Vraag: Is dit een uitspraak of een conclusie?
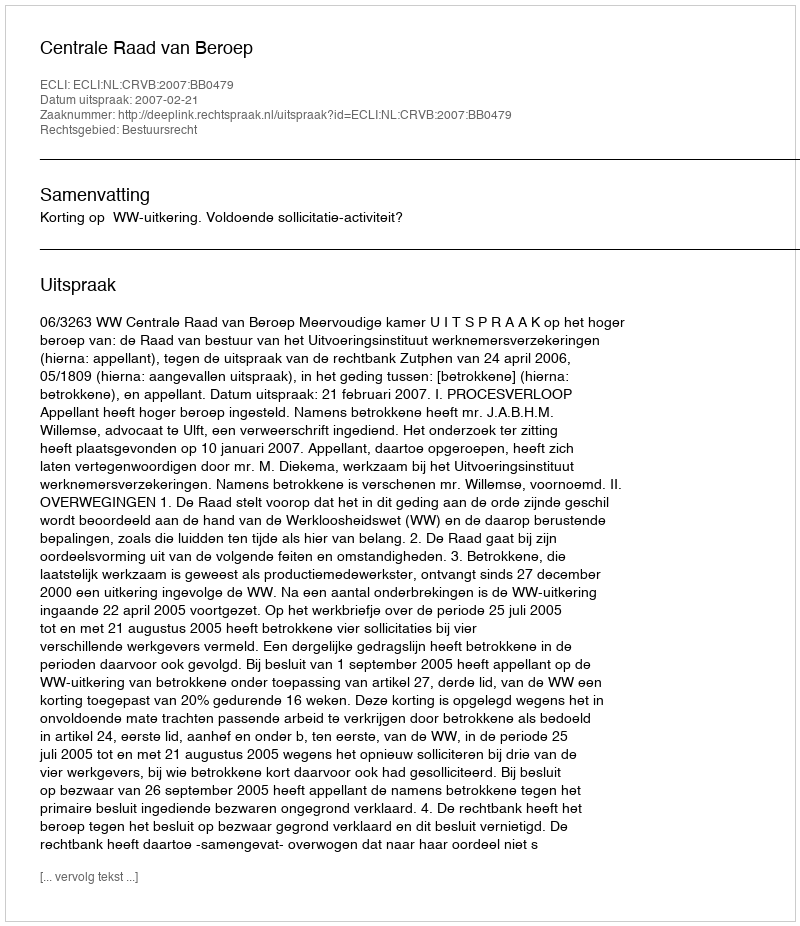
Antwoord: Uitspraak